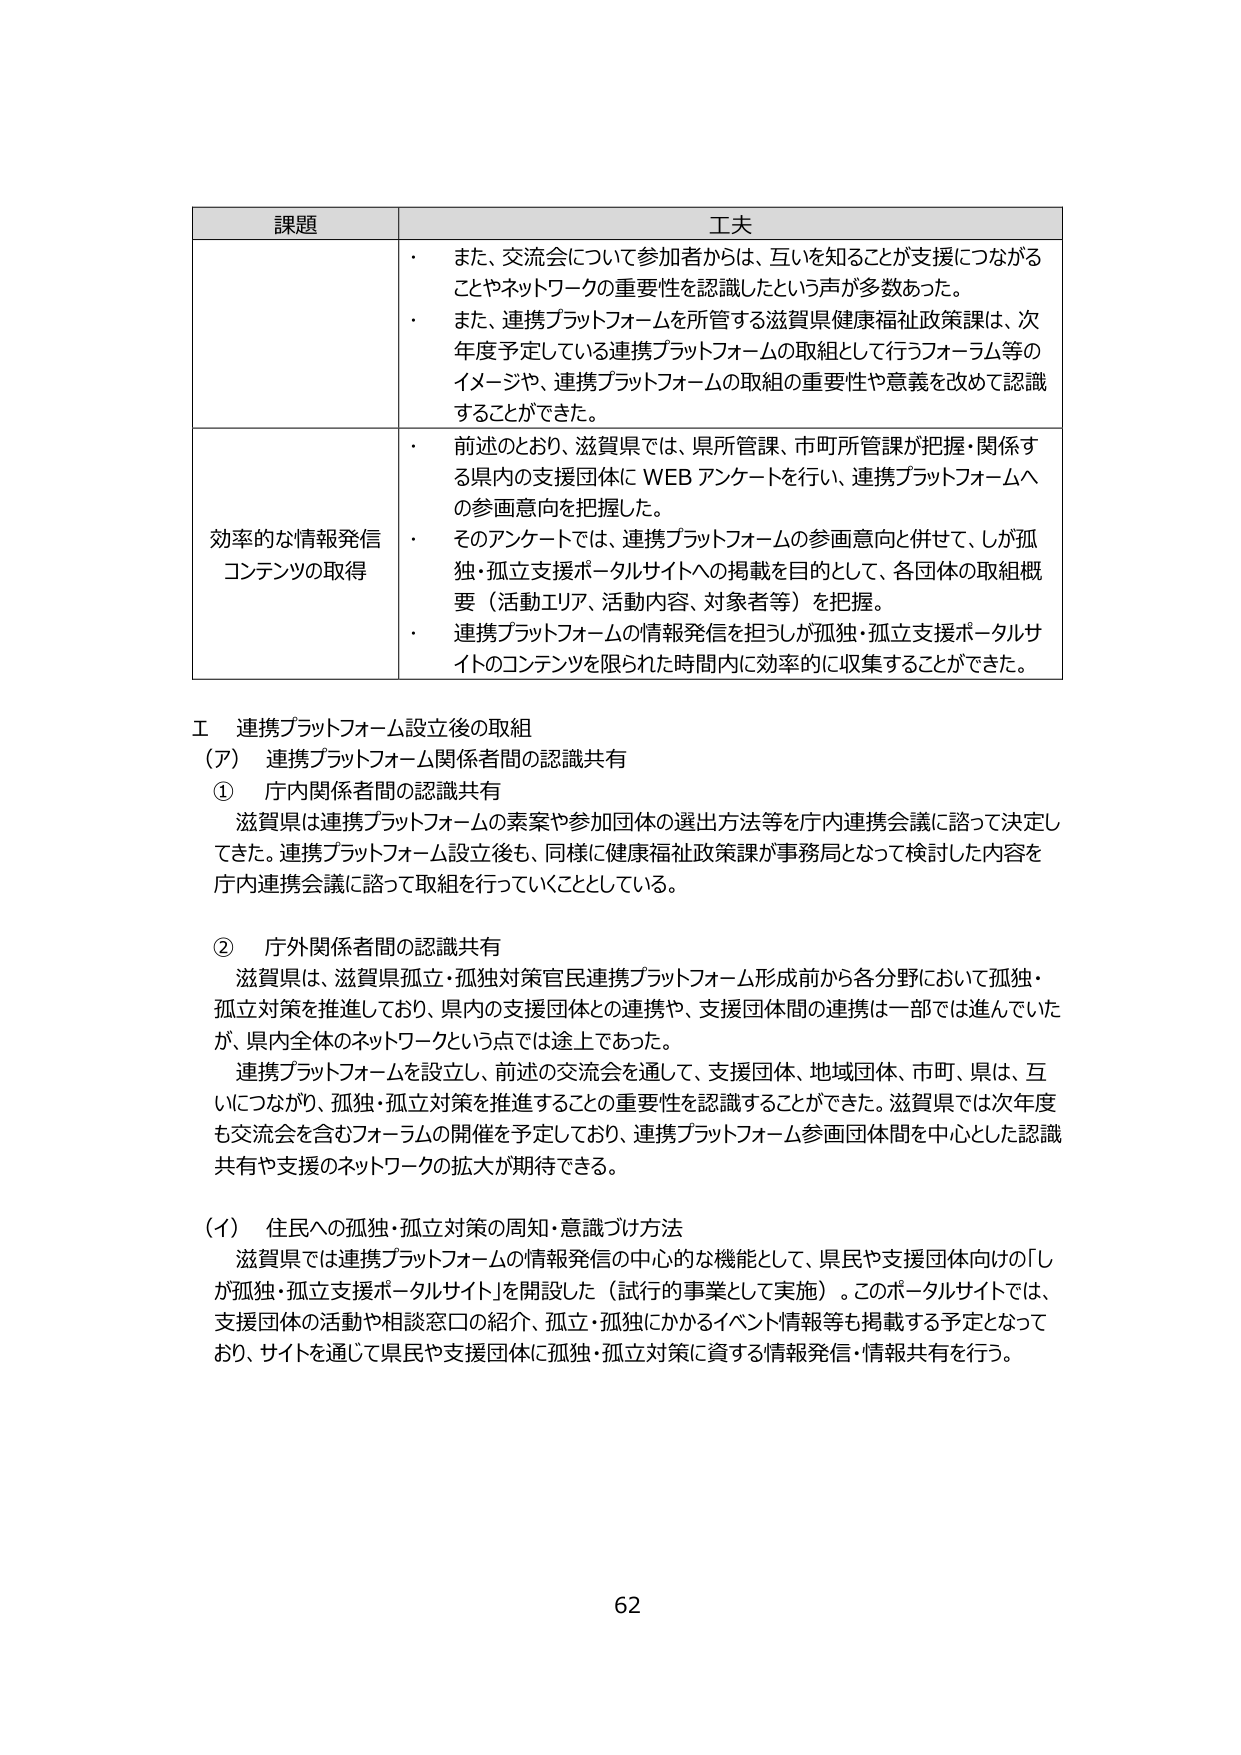
課題 工夫
・ また、交流会について参加者からは、互いを知ることが支援につながることやネットワークの重要性を認識したという声が多数あった。
・ また、連携プラットフォームを所管する滋賀県健康福祉政策課は、次年度予定している連携プラットフォームの取組として行うフォーラム等のイメージや、連携プラットフォームの取組の重要性や意義を改めて認識することができた。
効率的な情報発信コンテンツの取得
・ 前述のとおり、滋賀県では、県所管課、市町所管課が把握・関係する県内の支援団体に WEB アンケートを行い、連携プラットフォームへの参画意向を把握した。
・ そのアンケートでは、連携プラットフォームの参画意向と併せて、しが孤独・孤立支援ポータルサイトへの掲載を目的として、各団体の取組概要（活動エリア、活動内容、対象者等）を把握。
・ 連携プラットフォームの情報発信を担うしが孤独・孤立支援ポータルサイトのコンテンツを限られた時間内に効率的に収集することができた。

Ⅰ 連携プラットフォーム設立後の取組
（ア） 連携プラットフォーム関係者間の認識共有
① 庁内関係者間の認識共有
滋賀県は連携プラットフォームの素案や参加団体の選出方法等を庁内連携会議に諮って決定してきた。連携プラットフォーム設立後も、同様に健康福祉政策課が事務局となって検討した内容を庁内連携会議に諮って取組を行っていくこととしている。

② 庁外関係者間の認識共有
滋賀県は、滋賀県孤立・孤独対策官民連携プラットフォーム形成前から各分野において孤独・孤立対策を推進しており、県内の支援団体との連携や、支援団体間の連携は一部では進んでいたが、県内全体のネットワークという点では途上であった。
連携プラットフォームを設立し、前述の交流会を通じて、支援団体、地域団体、市町、県は、互いにつながり、孤独・孤立対策を推進することの重要性を認識することができた。滋賀県では次年度も交流会を含むフォーラムの開催を予定しており、連携プラットフォーム参画団体間を中心とした認識共有や支援のネットワークの拡大が期待できる。

（イ） 住民への孤独・孤立対策の周知・意識づけ方法
滋賀県では連携プラットフォームの情報発信の中心的な機能として、県民や支援団体向けの「しが孤独・孤立支援ポータルサイト」を開設した（試行的事業として実施）。このポータルサイトでは、支援団体の活動や相談窓口の紹介、孤立・孤独にかかるイベント情報等も掲載する予定となっており、サイトを通じて県民や支援団体に孤独・孤立対策に資する情報発信・情報共有を行う。

62